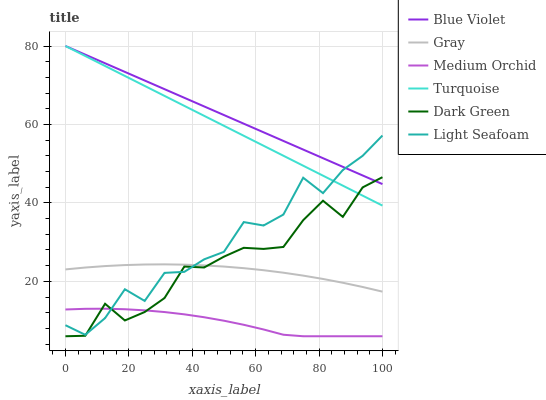
| xaxis_label | Blue Violet | Gray | Medium Orchid | Turquoise | Dark Green | Light Seafoam |
 | --- | --- | --- | --- | --- | --- | --- |
 | 0 | 80 | 23 | 12.8 | 80 | 6 | 8.82 |
 | 6.25 | 77.8 | 23.5 | 13 | 77.5 | 6.12 | 6.37 |
 | 12.5 | 75.6 | 23.9 | 13 | 74.9 | 14.3 | 10.6 |
 | 18.8 | 73.4 | 24.1 | 12.9 | 72.4 | 10 | 18 |
 | 25 | 71.2 | 24.3 | 12.6 | 69.8 | 12.2 | 15 |
 | 31.2 | 69 | 24.3 | 12.2 | 67.3 | 15.7 | 22.2 |
 | 37.5 | 66.8 | 24.3 | 11.6 | 64.7 | 23.8 | 22.4 |
 | 43.8 | 64.6 | 24.1 | 10.8 | 62.2 | 23.5 | 25.6 |
 | 50 | 62.4 | 23.8 | 9.96 | 59.7 | 26.3 | 27.5 |
 | 56.2 | 60.2 | 23.4 | 8.92 | 57.1 | 28.5 | 35.1 |
 | 62.5 | 58 | 22.8 | 7.73 | 54.6 | 28.3 | 34.2 |
 | 68.8 | 55.8 | 22.2 | 6.39 | 52 | 28.8 | 37 |
 | 75 | 53.6 | 21.5 | 6 | 49.5 | 35.6 | 46.4 |
 | 81.2 | 51.4 | 20.6 | 6 | 46.9 | 40.5 | 42.5 |
 | 87.5 | 49.2 | 19.6 | 6 | 44.4 | 36.4 | 48.4 |
 | 93.8 | 47 | 18.6 | 6 | 41.9 | 43.9 | 52 |
 | 100 | 44.8 | 17.4 | 6 | 39.3 | 46.6 | 57.2 |